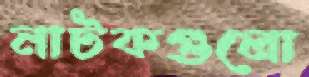
নাটকগুলো